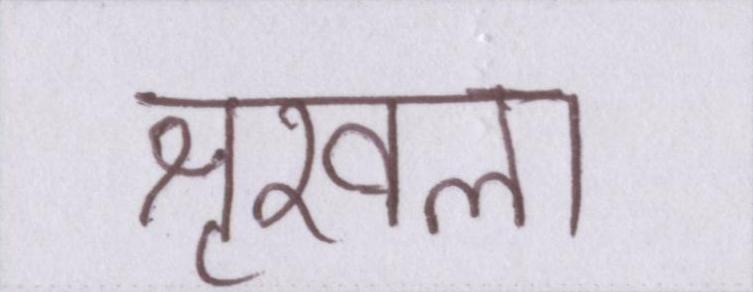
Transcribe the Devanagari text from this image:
शृखला